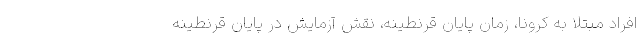
افراد مبتلا به کرونا، زمان پایان قرنطینه، نقش آزمایش در پایان قرنطینه